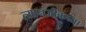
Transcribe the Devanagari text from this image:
त्यानजीकच्या